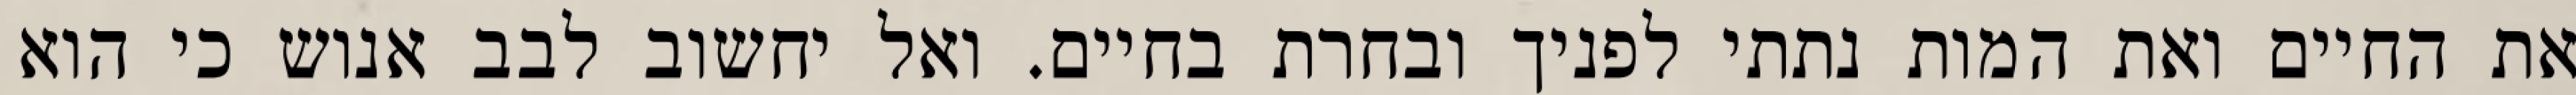
את החיים ואת המות נתתי לפניך ובחרת בחיים. ואל יחשוב לבב אנוש כי הוא